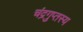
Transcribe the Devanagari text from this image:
चंद्रगुप्तस्य